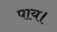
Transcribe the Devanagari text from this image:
पाय।